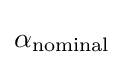
\alpha _{\text{nominal}}